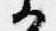
候